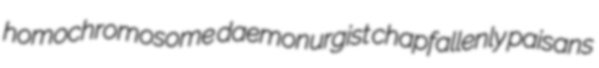
homochromosome daemonurgist chapfallenly paisans